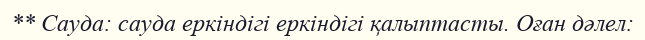
** Сауда: сауда еркіндігі еркіндігі қалыптасты. Оған дәлел: